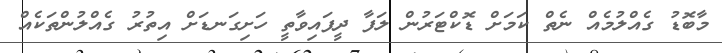
މާބޮޑު ގެއްލުމެއް ނެތް ކަމަށް ޑޮކްޓަރުން ލަފާ ދީފައިވާތީ ހަށިގަނޑަށް އިތުރު ގެއްލުންތަކެއް